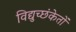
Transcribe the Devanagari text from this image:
विद्युच्छंकेतों